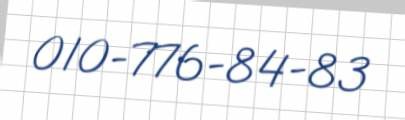
010-776-84-83